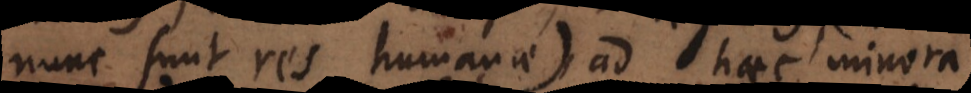
nunc sunt res humanae), ad haec minora